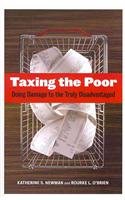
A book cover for Taxing the Poor: Doing Damage to the Truly Disadvantaged (Wildavsky Forum Series); Katherine S. Newman; Business & Money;